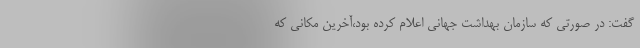
گفت: در صورتی که سازمان بهداشت جهانی اعلام کرده بود،آخرین مکانی که